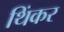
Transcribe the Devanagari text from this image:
थिंकर